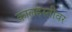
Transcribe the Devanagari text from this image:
कालहस्तीवर